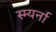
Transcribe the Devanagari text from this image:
स्म्यर्ना